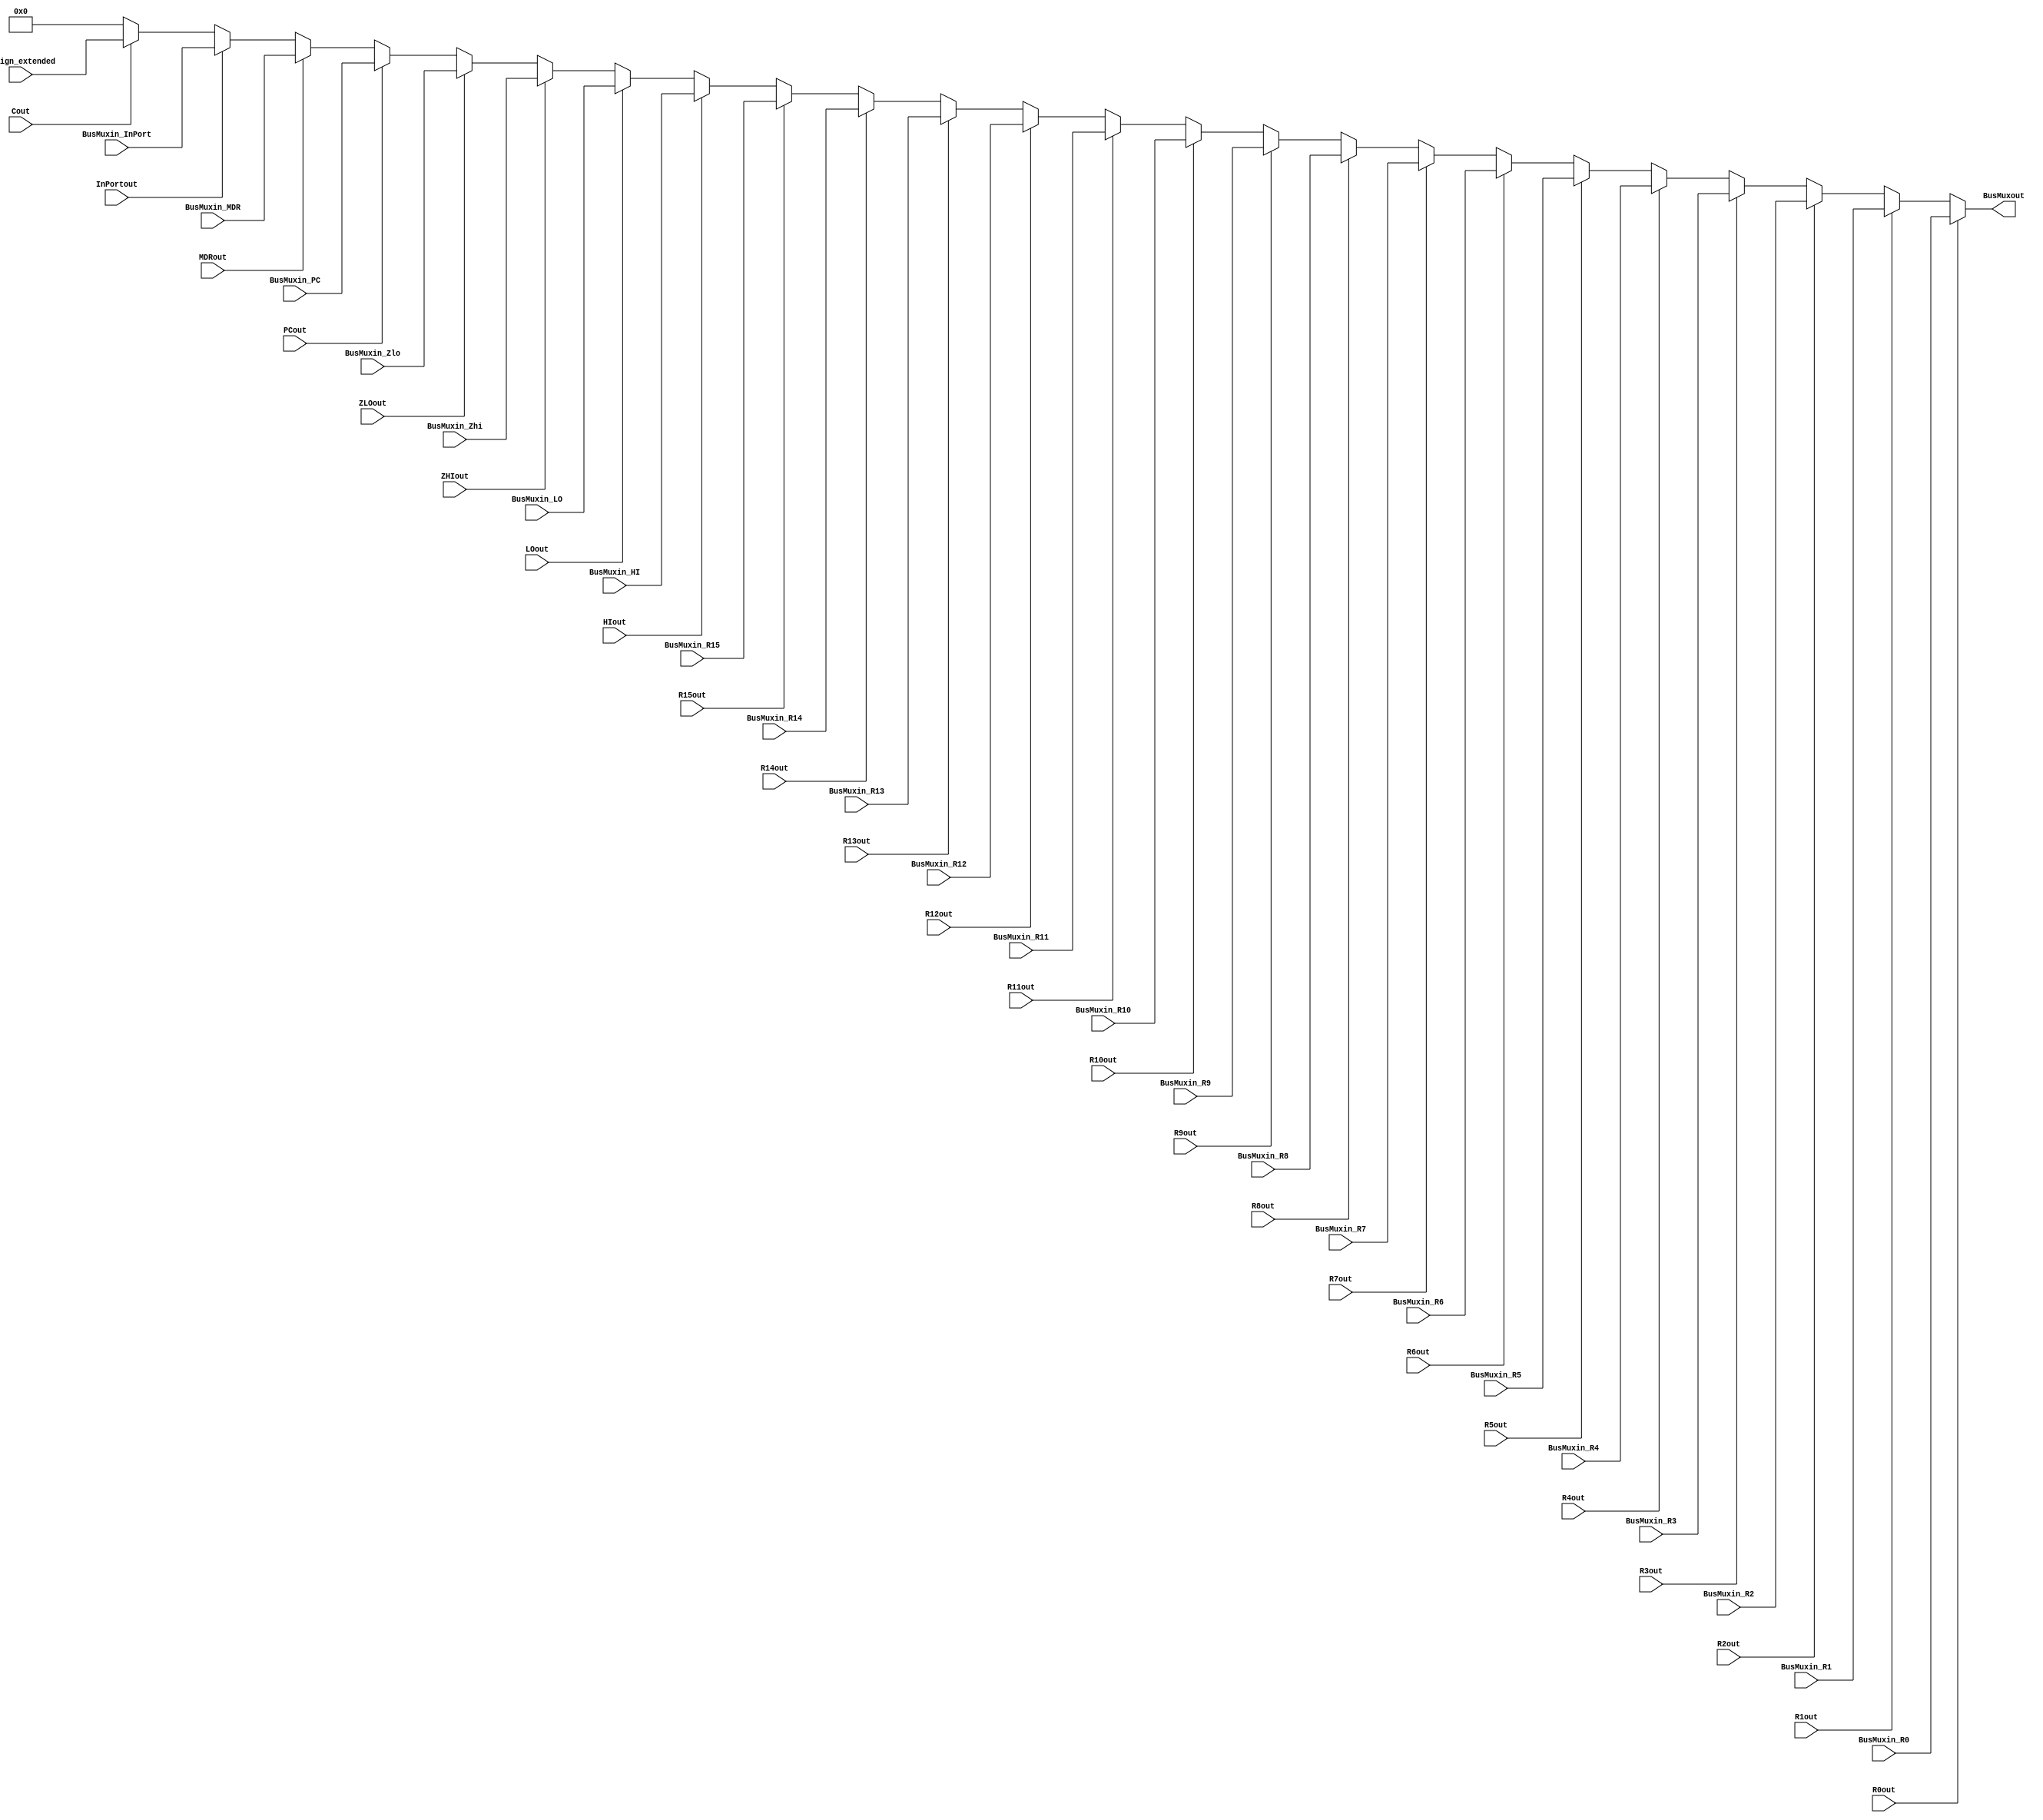
module BusMux (input [31:0] BusMuxin_R0, BusMuxin_R1, BusMuxin_R2, BusMuxin_R3, BusMuxin_R4,
									 BusMuxin_R5, BusMuxin_R6, BusMuxin_R7, BusMuxin_R8, BusMuxin_R9,
									 BusMuxin_R10, BusMuxin_R11, BusMuxin_R12, BusMuxin_R13, BusMuxin_R14,
									 BusMuxin_R15, BusMuxin_HI, BusMuxin_LO, BusMuxin_Zhi, BusMuxin_Zlo,
									 BusMuxin_PC, BusMuxin_MDR, BusMuxin_InPort, C_sign_extended,
					input R0out, R1out, R2out, R3out, R4out, R5out, R6out, R7out, R8out, R9out, R10out,
							R11out, R12out, R13out, R14out, R15out, HIout, LOout, ZHIout, ZLOout, PCout, MDRout,
							InPortout, Cout,
					output [31:0] BusMuxout);
					
assign BusMuxout = R0out ? BusMuxin_R0 : 
						 R1out ? BusMuxin_R1 :
						 R2out ? BusMuxin_R2 :
						 R3out ? BusMuxin_R3 :
						 R4out ? BusMuxin_R4 :
						 R5out ? BusMuxin_R5 :
						 R6out ? BusMuxin_R6 :
						 R7out ? BusMuxin_R7 :
						 R8out ? BusMuxin_R8 :
						 R9out ? BusMuxin_R9 :
						 R10out ? BusMuxin_R10 :
						 R11out ? BusMuxin_R11 :
						 R12out ? BusMuxin_R12 :
						 R13out ? BusMuxin_R13 :
						 R14out ? BusMuxin_R14 :
						 R15out ? BusMuxin_R15 :
						 HIout ? BusMuxin_HI :
						 LOout ? BusMuxin_LO :
						 ZHIout ? BusMuxin_Zhi :
						 ZLOout ? BusMuxin_Zlo :
						 PCout ? BusMuxin_PC :
						 MDRout ? BusMuxin_MDR :
						 InPortout ? BusMuxin_InPort :
						 Cout ? C_sign_extended : 
						 32'b0;
						 
endmodule